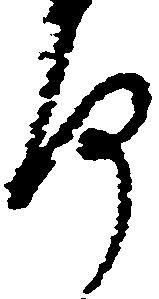
房